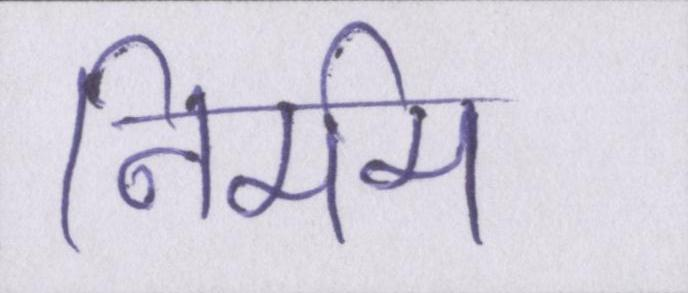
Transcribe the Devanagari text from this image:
निर्मम